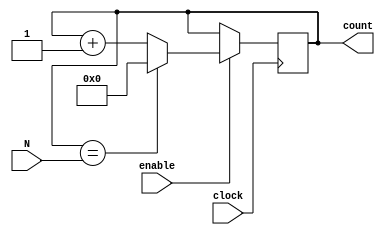
module ModuloN_Up_Counter (
    input clock,
    input enable,
    input [7:0] N,
    output reg [7:0] count
);

always @(posedge clock) begin
    if (enable) begin
        if (count == N) begin
            count <= 0;
        end else begin
            count <= count + 1;
        end
    end
end

endmodule